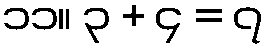
၁၁။ ၃ + ၄ = ၇